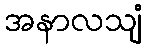
အနာလသျံ